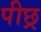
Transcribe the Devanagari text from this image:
पीछ्र